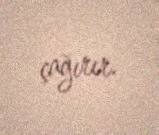
çağırır.